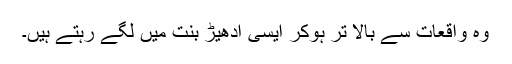
وہ واقعات سے بالا تر ہوکر ایسی ادھیڑ بنت میں لگے رہتے ہیں۔